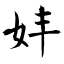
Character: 妦